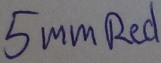
Text: 5mmRed